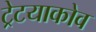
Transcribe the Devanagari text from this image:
ट्रेटयाकोव